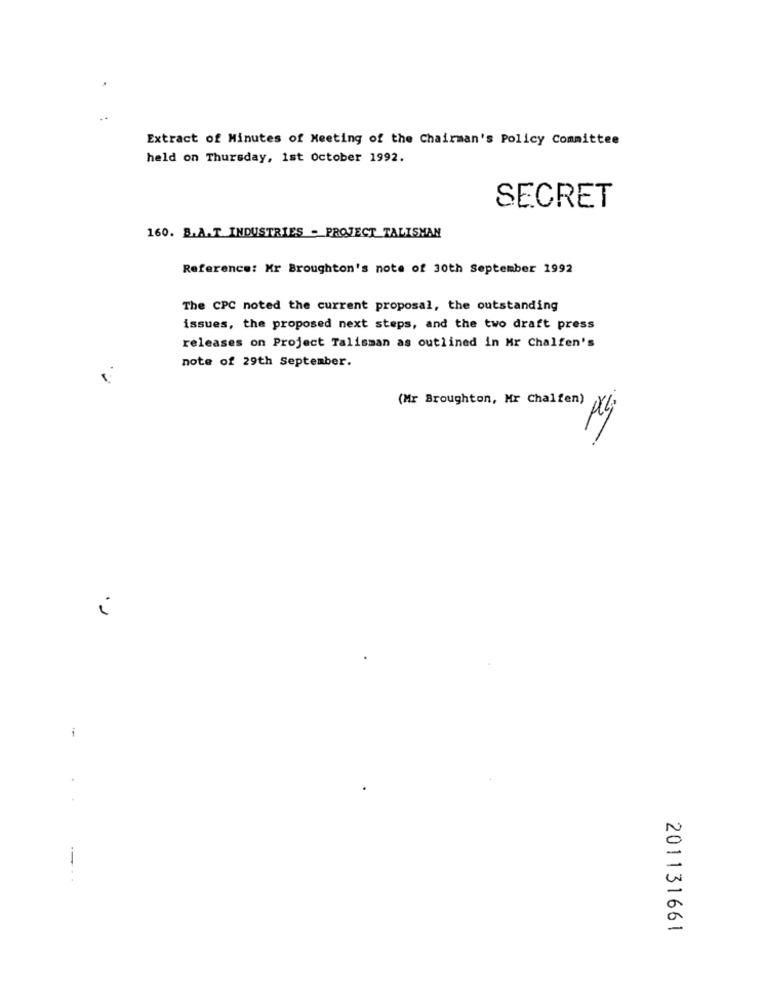
Extract of Minutes of Meeting of the Chairman's Policy Committee
held on Thursday, 1st October 1992.
SECRET
160. B.A.T INDUSTRIES - PROJECT TALISMAN
Reference: Mr Broughton's note of 30th September 1992
The CPC noted the current proposal, the outstanding
issues, the proposed next steps, and the two draft press
releases on Project Talisman as outlined in Mr Chalfen's
note of 29th September.
(Mr Broughton, Mr Chalfen)
i
-
201131661